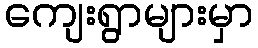
ကျေးရွာများမှာ